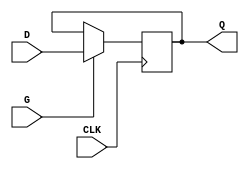
module edge_triggered_gated_latch (
    input wire D,     // Data input
    input wire G,     // Gate input
    input wire CLK,   // Clock input
    output reg Q      // Output
);

    // Edge-triggered behavior on the rising edge of the clock
    always @(posedge CLK) begin
        if (G) begin
            Q <= D;  // Latch the value of D when G is active
        end
        // If G is not active, Q retains its previous value
    end

endmodule